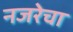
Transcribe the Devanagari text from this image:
नजरेचा